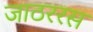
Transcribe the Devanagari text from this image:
जाठररस